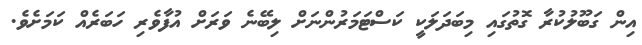
އިން ގަބޫލުކުރާ ގޮތުގައި މިބަދަލަކީ ކަސްޓަމަރުންނަށް ލިބޭނެ ވަރަށް އުފާވެރި ހަބަރެއް ކަމަށެވެ.